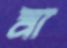
মা